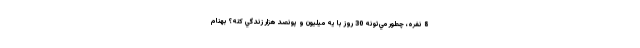
8 نفره، چطور مي‌تونه 30 روز با يه ميليون و پونصد هزار زندگي كنه؟ بهنام